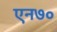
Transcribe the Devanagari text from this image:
एन७०